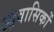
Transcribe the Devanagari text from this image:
आवासिकों